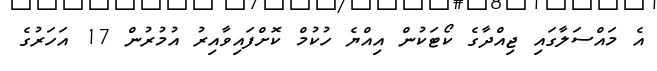
އެ މައްސަލާގައި ޖިއްދާގެ ކޯޓަކުން އިއްޔެ ހުކުމް ކޮށްފައިވާއިރު އުމުރުން 17 އަހަރުގެ